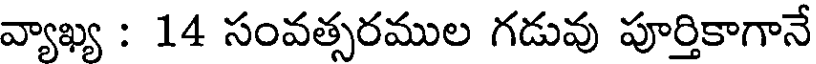
వ్యాఖ్య : 14 సంవత్సరముల గడువు పూర్తికాగానే